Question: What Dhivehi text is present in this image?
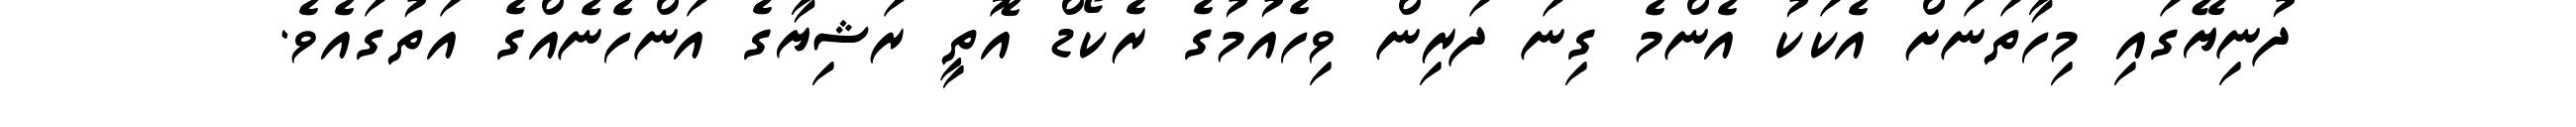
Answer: ދުނިޔޭގައި މިހާތަނަށް އެކަކު އެންމެ ގިނަ ދަރިން ވިހެއުމުގެ ރެކޯޑް އޮތީ ރަޝިޔާގެ އަންހެނެއްގެ އަތުގައެވެ.